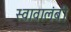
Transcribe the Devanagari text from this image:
स्वावालंबी